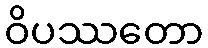
ဝိပဿတော